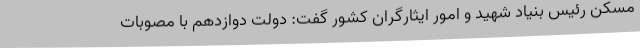
مسکن رئیس بنیاد شهید و امور ایثارگران کشور گفت: دولت دوازدهم با مصوبات